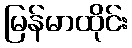
မြန်မာထိုင်း